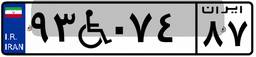
۰۲W۳۶۲۸۳